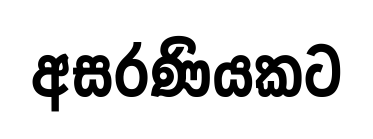
අසරණියකට